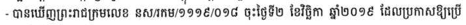
- បានឃើញព្រះរាជក្រមលេខ នស/រកម/១១១៩/០១៨ ចុះថ្ងៃទី២ ខែវិច្ឆិកា ឆ្នាំ២០១៩ ដែលប្រកាសឱ្យប្រើ